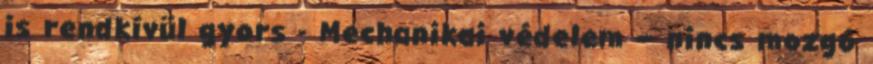
is rendkívül gyors - Mechanikai védelem – nincs mozgó